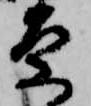
原